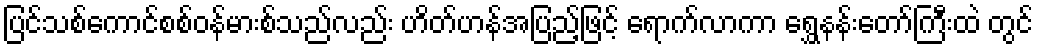
ပြင်သစ်ကောင်စစ်ဝန်မားစ်သည်လည်း ဟိတ်ဟန်အပြည့်ဖြင့် ရောက်လာကာ ရွှေနန်းတော်ကြီးထဲ တွင်